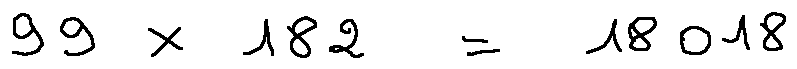
9 9 \times 1 8 2 = 1 8 0 1 8